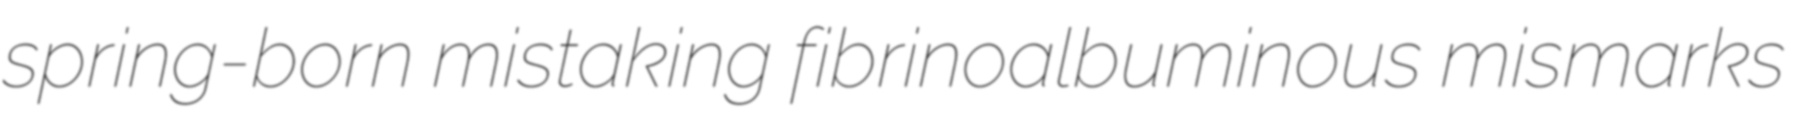
spring-born mistaking fibrinoalbuminous mismarks